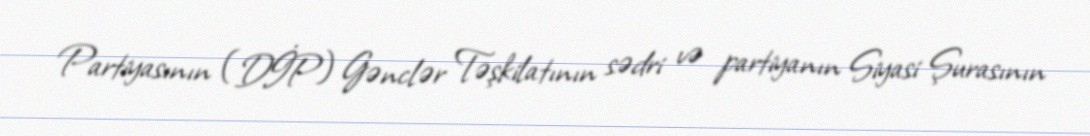
Partiyasının (DİP) Gənclər Təşkilatının sədri və partiyanın Siyasi Şurasının